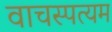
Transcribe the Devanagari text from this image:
वाचस्पत्यम